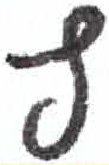
אות: ף